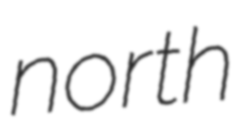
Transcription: north